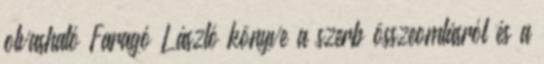
olvasható Faragó László könyve a szerb összeomlásról és a